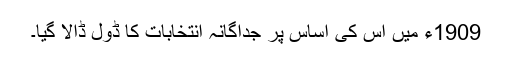
1909ء میں اس کی اساس پر جداگانہ انتخابات کا ڈول ڈالا گیا۔